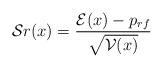
LaTeX: \begin{align*} \mathcal{S}r(x)=\frac{\mathcal{E}(x)-p_{rf}}{\sqrt{\mathcal{V}(x)}} \end{align*}